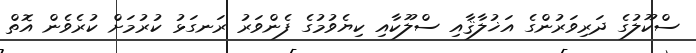
ސްކޫލުގެ ދަރިވަރުންގެ އަޚުލާޤާއި ސްލޫކާއި ކިޔެވުމުގެ ފެންވަރު ރަނގަޅު ކުރުމަށް ކުރެވެން އޮތް